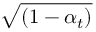
\sqrt { ( 1 - \alpha _ { t } ) }